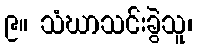
၉။ သံဃာသင်းခွဲသူ၊